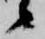
候